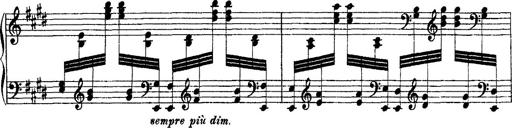
Title: Ã‰tudes d'exÃ©cution transcendante d'aprÃ¨s Paganini
Composer: Franz Liszt